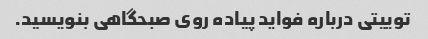
توییتی درباره فواید پیاده روی صبحگاهی بنویسید.